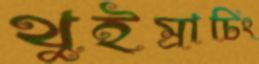
থুইম্রাচিং